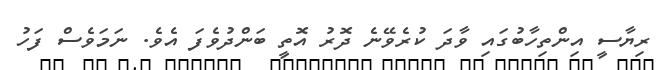
ރިޔާސީ އިންތިހާބުގައި ވާދަ ކުރެވޭނެ ދޮރު އޮތީ ބަންދުވެފަ އެވެ. ނަމަވެސް ފަހު